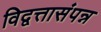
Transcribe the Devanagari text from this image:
विद्वत्तासंपन्न